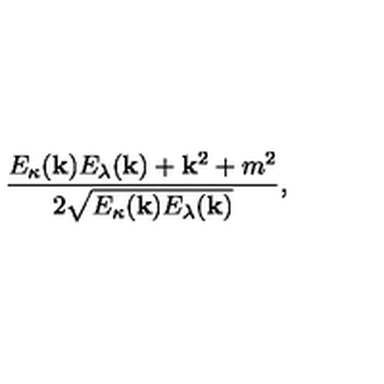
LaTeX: \frac { E _ { \kappa } ( { \bf k } ) E _ { \lambda } ( { \bf k } ) + { \bf k } ^ { 2 } + m ^ { 2 } } { 2 \sqrt { E _ { \kappa } ( { \bf k } ) E _ { \lambda } ( { \bf k } ) } } ,